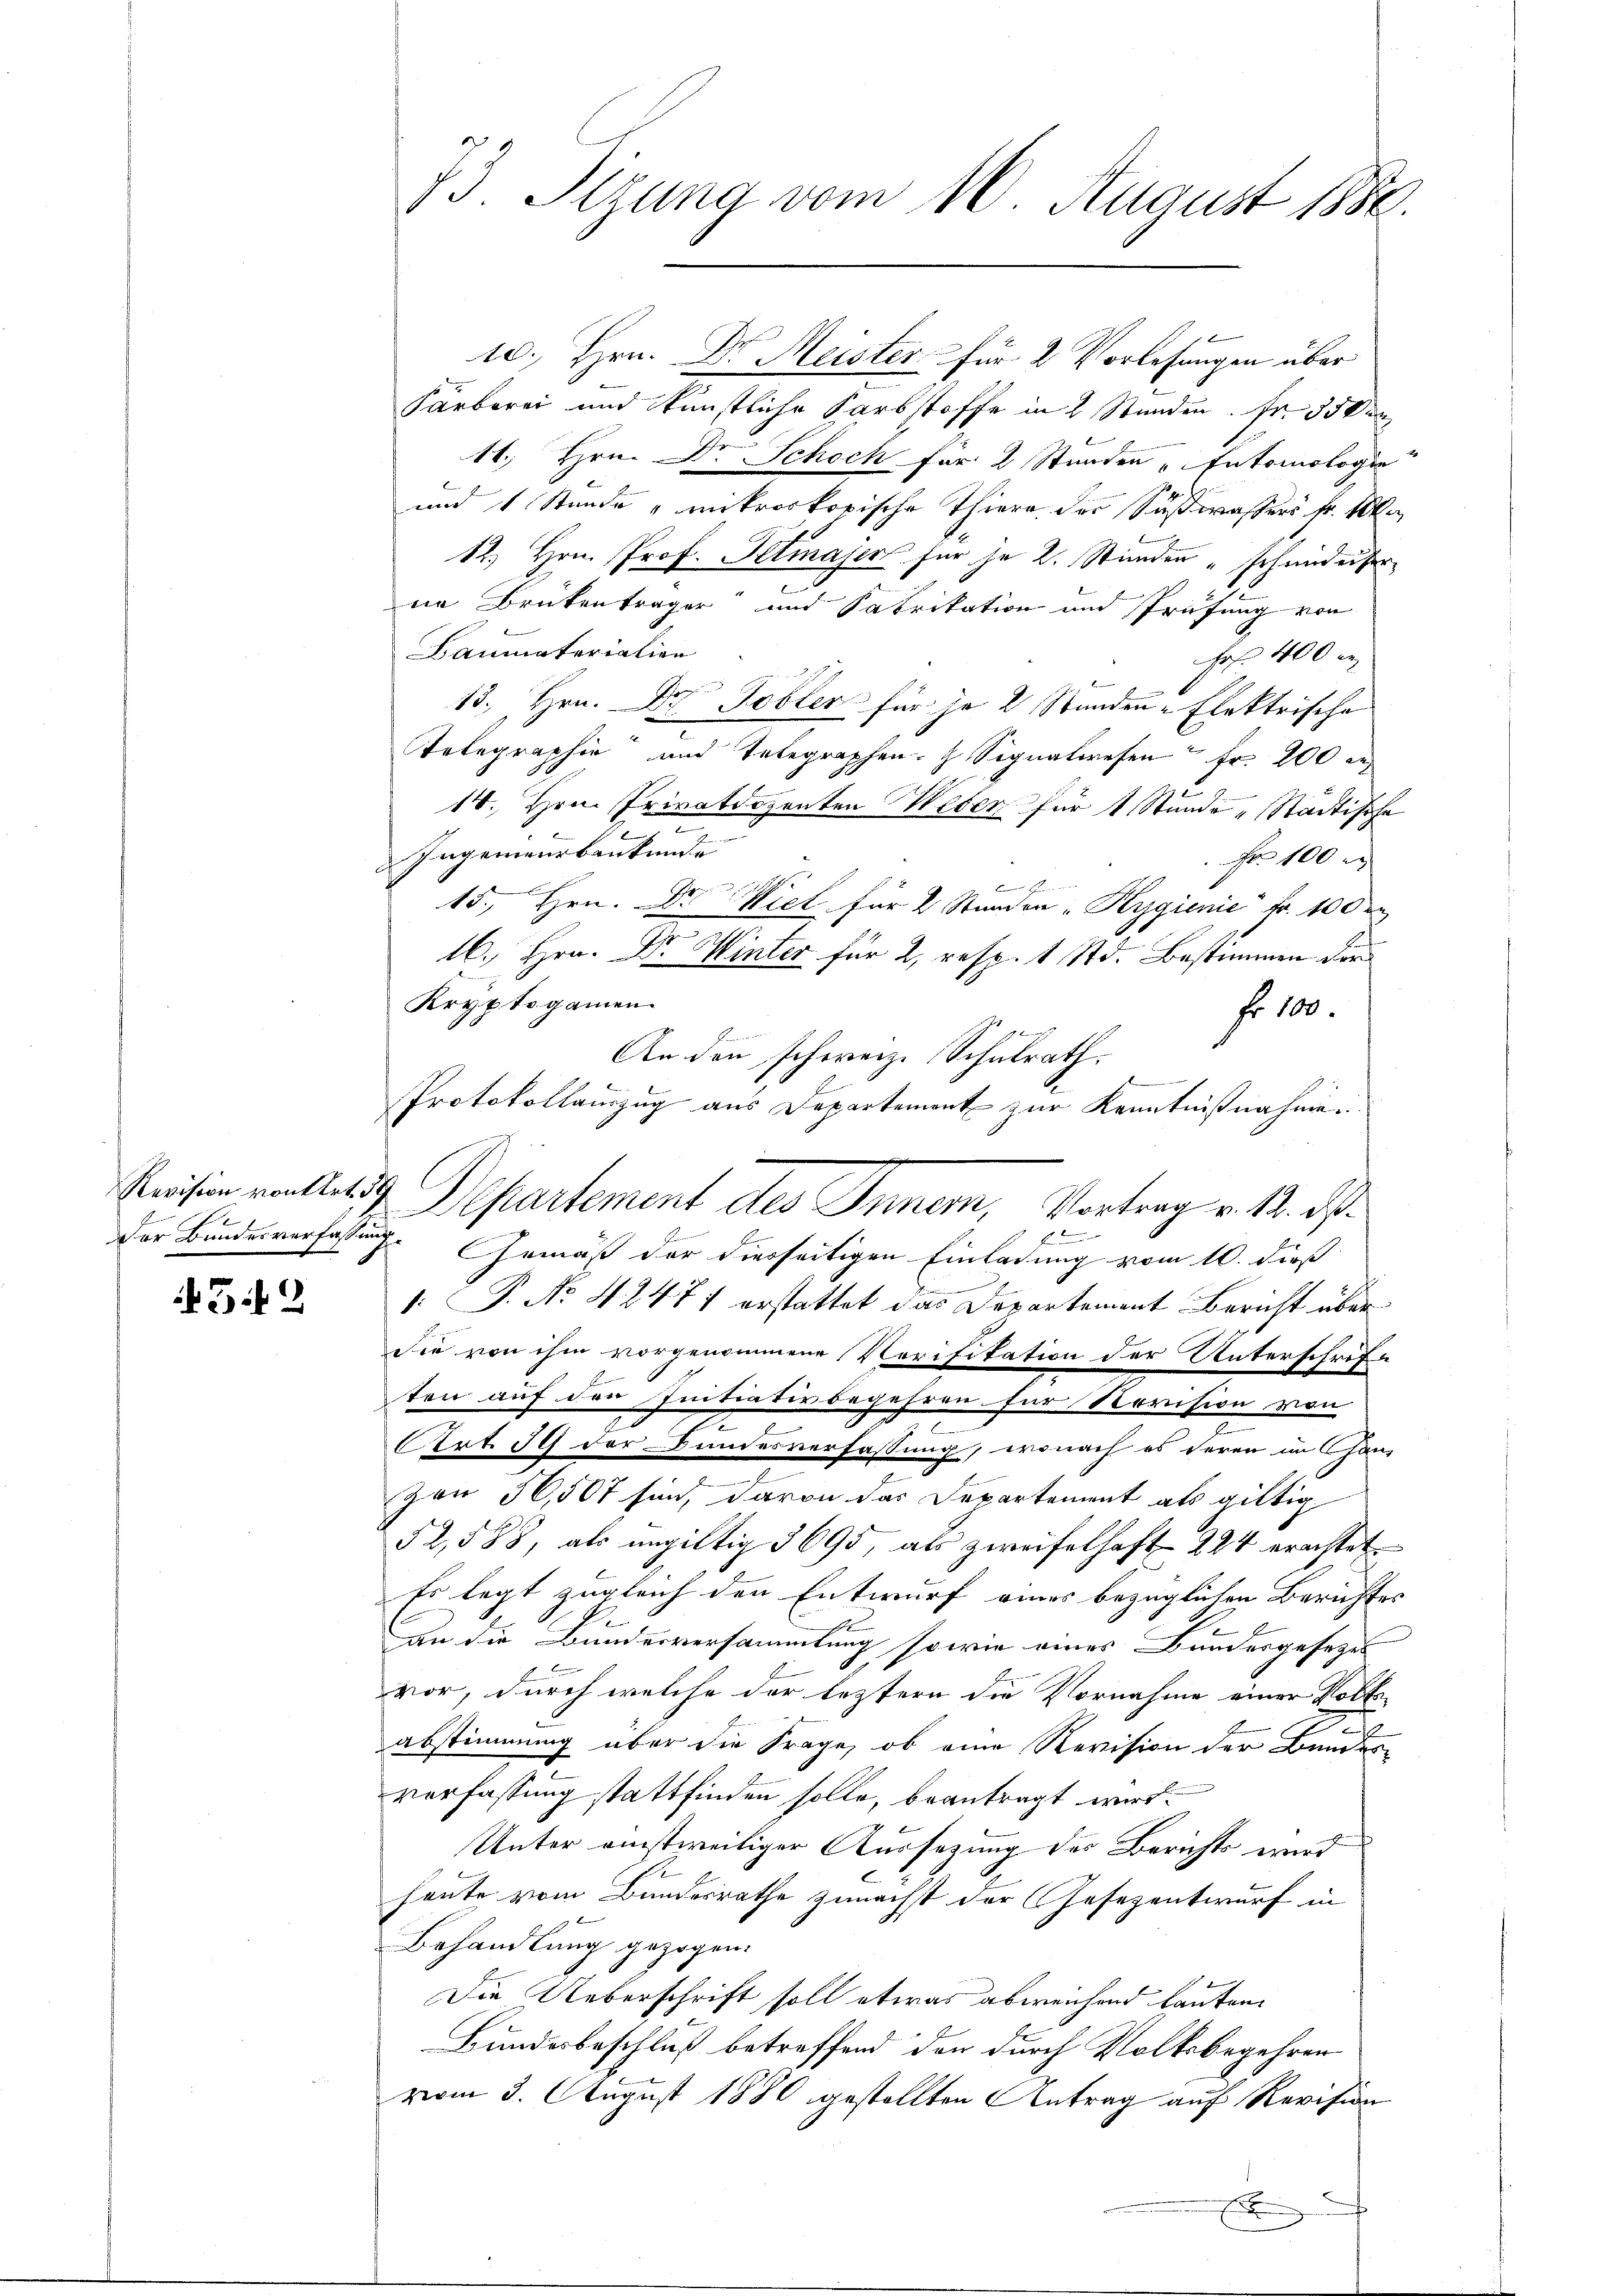
Der Bundesverfassung.

342

10. Hrn. Dr Meister für 2 Vorlesungen über
Färberei und künstliche Sarbstoffe in 2 Stunden. Fr. 350 an
11. Hrn. Dr Schoch für 2 Stunden „Intomologie
und 1 Stunde „mikroskopische Thiera der Sußwassers fr. 10
12.) Hrn. Prof. Petmajer für je 2. Stunden „schundeiser
ne Brükentrager und Fabrikation und Prüfung von
Baumaterialien
Fr. 400 an
13. Hrn. Dr. Tobler für je 2 Stunden - Elektrische
Telegraphie und Telegraphen. Signalwesen Fr. 200 de
14. Hrn. Privatdozenten Meder für 1 Stunde Städtische
Ingenieurbankunde
Fr 100
15., Hrn. Dr Wiel für 2 Stunden „Hygienić fr. 100 r
16. Hrn. Dr. Winter für 2, resp. 1 Std. Bestimmen der
Kryptogamen
fr 100.
F
An den schweiz. Schulrath.
Protokollauszug aus Departement zur Kenntnißnahme
Fr
Gemäß der diesseitigen Einladung vom 10. dieß
. P. No 42477 erstattet das Departement Bericht über
Sie von ihm vorgenommene Verifikation der Unterschrift
ten auf den Initiativbegehren für Revision von
I
s
Art. 39 der Bundesverfassung, wonach es deren im Gan¬
Zwe 36,507 sind, davon das Departement als giltig
52,588, als ungültig 3 695, als zweifelhaft 224 erachtet
Es legt zugleich den Entwurf eines bezüglichen Berichtes
an die Bunderversammlung sowie eines Bundesgesezes
vor, durch welche der leztern die Vornahme einer Volks-
abstimmung über die Frage, ob eine Revision der Bundesverfassung stattfinden solle, beantragt wird.
Unter einstweiliger Aussetzung der Berichts wird
heute vom Bundesrathe zunächst der Gesezentwurf in
Behandlung gezogen.
Die Ueberschrift soll etwas abweichend lauten.
Bundesbeschluß betreffend den durch Volksbegehren
vom 3. August 1880 gestellten Antrag auf Revision
x

73. Sizung vom 16. August 1880.

Reisin vattig Departement des Inner, Vortrag v. 1. ds.